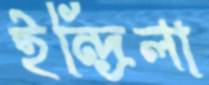
ইন্দ্রিলা